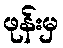
ဖုန်းမှ